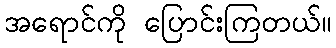
အရောင်ကို ပြောင်းကြတယ်။